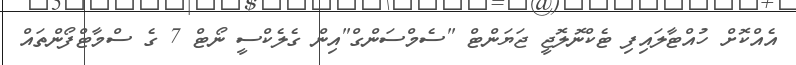
އެއްކޮށް ހުއްޓާލައިފި ޓެކްނޮލޮޖީ ޖަޔަންޓް "ސެމްސަންގް"އިން ގެލެކްސީ ނޯޓް 7 ގެ ސްމާޓްފޯންތައް